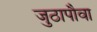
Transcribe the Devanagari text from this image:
जुठापौवा